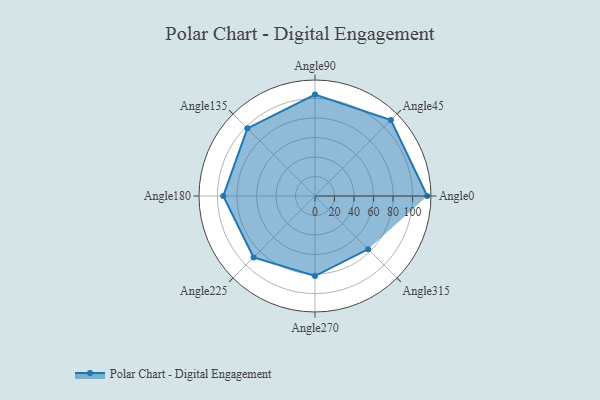
{"axis": {"x": "Angle", "y": "Radius"}, "legend": [""], "data": [{"x": "Angle0", "y": 115.0, "type": ""}, {"x": "Angle45", "y": 110.0, "type": ""}, {"x": "Angle90", "y": 104.0, "type": ""}, {"x": "Angle135", "y": 98.0, "type": ""}, {"x": "Angle180", "y": 94.0, "type": ""}, {"x": "Angle225", "y": 89.0, "type": ""}, {"x": "Angle270", "y": 82.0, "type": ""}, {"x": "Angle315", "y": 77.0, "type": ""}]}